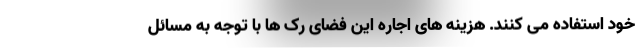
خود استفاده می کنند. هزینه های اجاره این فضای رک ها با توجه به مسائل